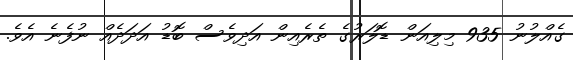
ގެއްލުނު 935 މިލިއަން ޑޮލަރުގެ ތެރެއިން އަދިވެސް ބޮޑު އަދަދެއް ނުފެނެ އެވެ.